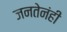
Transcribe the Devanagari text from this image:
जनतेनंही